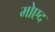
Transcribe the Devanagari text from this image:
मोएद